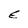
Character: E